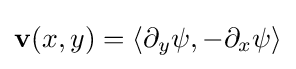
\mathbf {v} (x,y)=\langle \partial _{y}\psi ,-\partial _{x}\psi \rangle